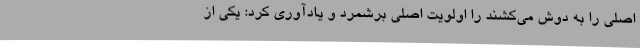
اصلی را به دوش می‌کشند را اولویت اصلی برشمرد و یادآوری کرد: یکی از